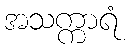
အသက္ကာရံ